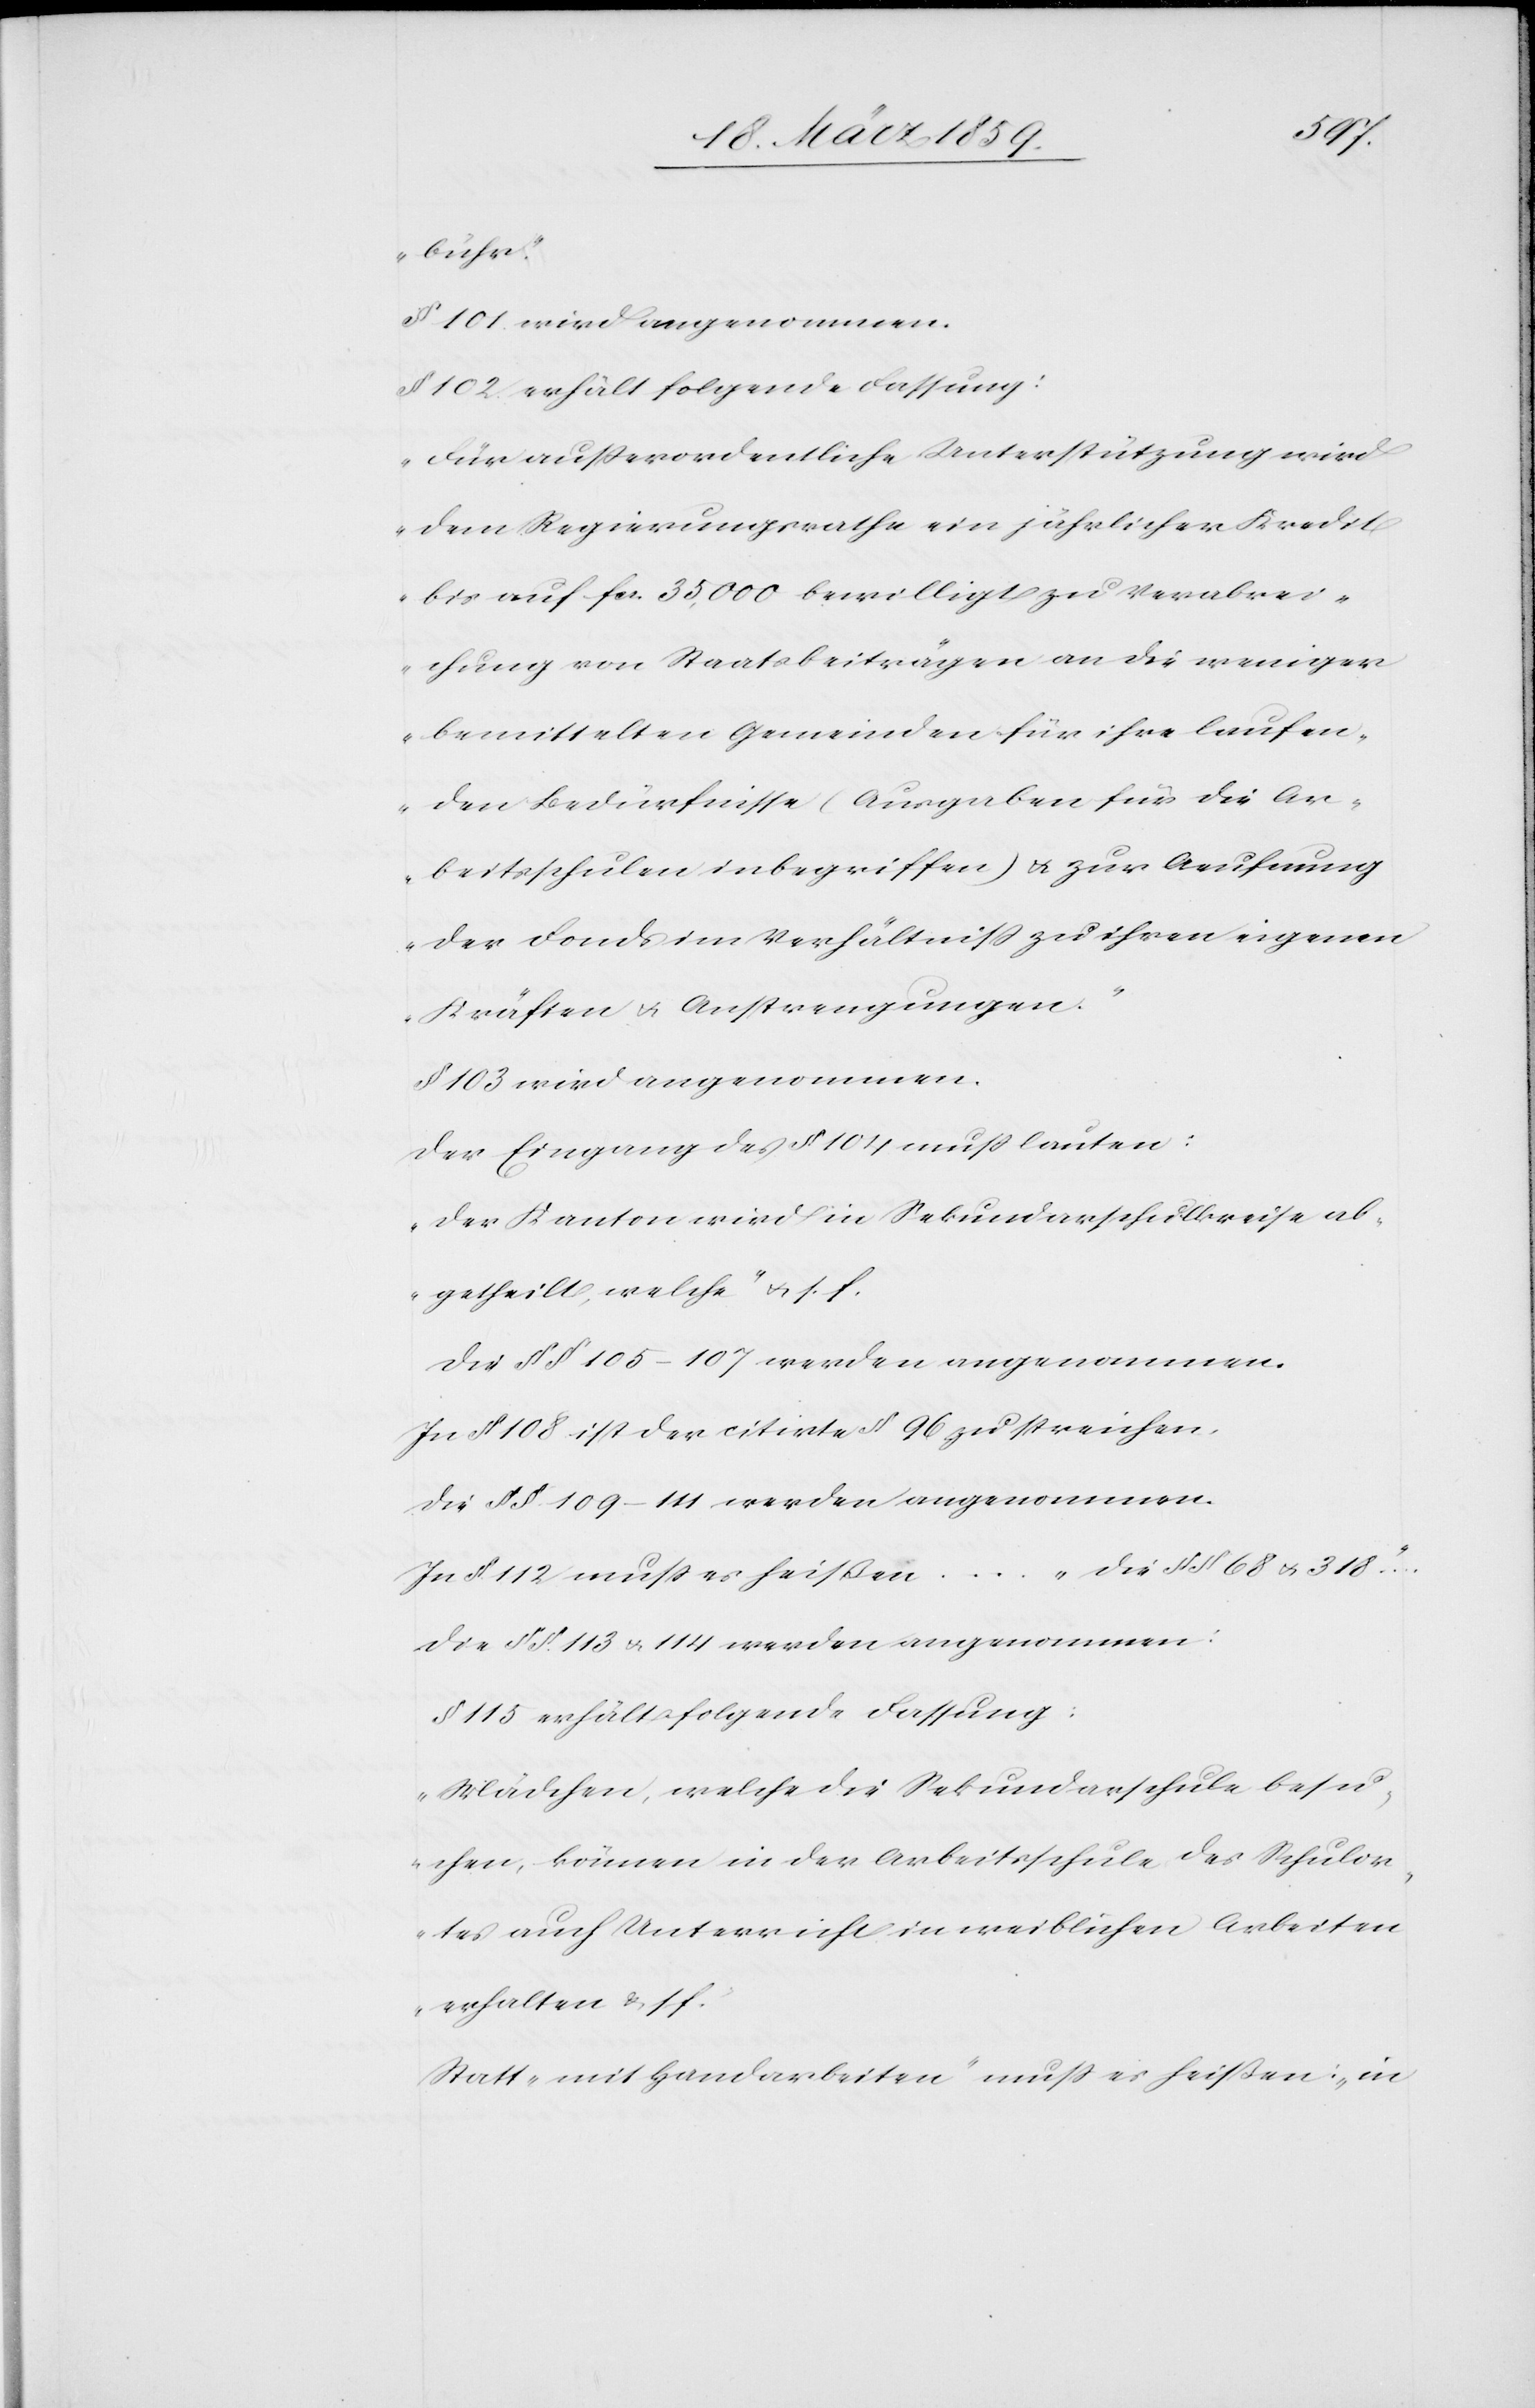
bühr“.
§ 101. wird angenommen.
§ 102. erhält folgende Fassung:
„Für außerordentliche Unterstützung wird
dem Regierungsrathe ein jährlicher Kredit
bis auf fcs. 35,000 bewilligt zu Verabrei¬
chung von Staatsbeiträgen an die weniger
bemittelten Gemeinden für ihre laufen¬
den Bedürfnisse (Ausgaben für die Ar¬
beitsschulen inbegriffen) u. zur Aeufnung
der Fonds im Verhältniß zu ihren eigenen
Kräften u. Anstrengungen.“
§ 103 wird angenommen.
Der Eingang des § 104 muß lauten:
„Der Kanton wird in Sekundarschulkreise ab¬
getheilt, welche“ u. s. f.
Die §§ 105–107 werden angenommen.
In § 108 ist der citirte § 96 zu streichen.
Die §§. 109–111 werden angenommen.
In §. 112 muß es heißen...“die § § 68 u. 318“...
Die §§ 113 u. 114 werden angenommen:
§ 115 erhält folgende Fassung:
„Mädchen, welche die Sekundarschule besu¬
chen, können in der Arbeitschule des Schulor¬
tes auch Unterricht in weiblichen Arbeiten
erhalten u. s. f.“
Statt „mit Handarbeiten“ muß es heißen: „in